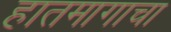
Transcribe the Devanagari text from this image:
हातमागाचा